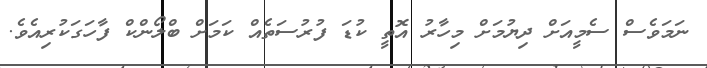
ނަމަވެސް ސެމީއަށް ދިޔުމަށް މިހާރު އޮތީ ކުޑަ ފުރުސަތެއް ކަމަށް ބްލޯންކް ފާހަގަކުރިއެވެ.